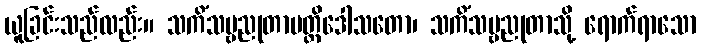
ယူခြင်းသည်လည်း။ သကိံသဗ္ဗညုတာပတ္တိဒေါသတော၊ သကိံသဗ္ဗညုတာသို့ ရောက်ရာသော